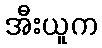
အီးယူက